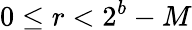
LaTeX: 0\leq r<2^{b}-M